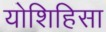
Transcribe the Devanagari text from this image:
योशिहिसा